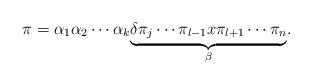
LaTeX: \begin{align*}\pi=\alpha_1\alpha_2\cdots\alpha_k\underset{\beta}{\underbrace{\delta\pi_j\cdots\pi_{l-1}x\pi_{l+1}\cdots\pi_n}}.\end{align*}